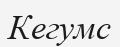
Кегумс